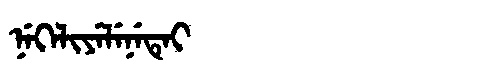
Manchu: ᠨᡝᡴᡝᠯᡳᠶᡝᠯᡝᠨᡝᡨᡝᡳ
Romanization: NEKELIYELENETEI